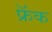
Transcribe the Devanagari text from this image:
फ्रॅक